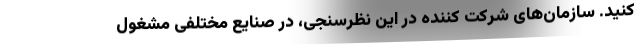
کنید. سازمان‌های شرکت کننده در این نظرسنجی، در صنایع مختلفی مشغول